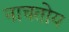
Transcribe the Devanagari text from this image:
नाचतोय